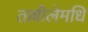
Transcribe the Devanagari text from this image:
तल्लीलेमधि